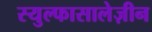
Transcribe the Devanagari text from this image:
स्युल्फासालेज़ीन